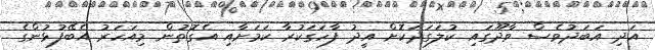
އަދި އަބަދުވެސް ވާދޫގައި ކުލަގަދަކޮށް އީދު ފާހަގަކުރާ ކަމަށާއި އެގޮތުން މިއަހަރު އެބޭފުޅުންގެ